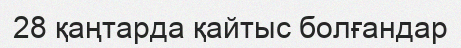
28 қаңтарда қайтыс болғандар